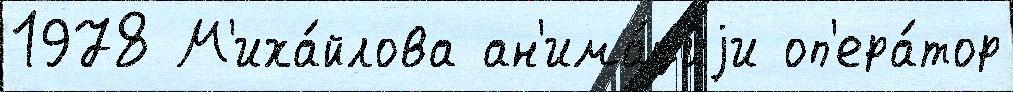
1978 М'иха́йлова ан'има́циjи оп'ера́тор